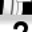
Digit: 2